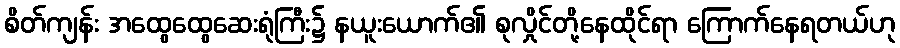
စိတ်ကျန်း အထွေထွေဆေးရုံကြီး၌ နယူးယောက်၏ စုလှိုင်တို့နေထိုင်ရာ ကြောက်နေရတယ်ဟု